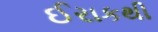
ઈરાકથી